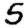
Digit: 5